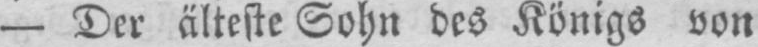
- Der älteste Sohn des Königs von